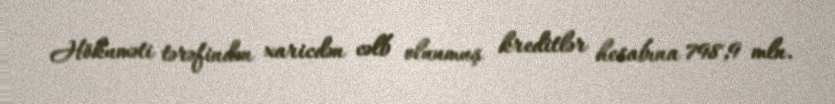
Hökuməti tərəfindən xaricdən cəlb olunmuş kreditlər hesabına 798,9 mln.